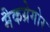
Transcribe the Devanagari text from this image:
मैकग्रेगोर